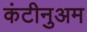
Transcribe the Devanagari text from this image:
कंटीनुअम